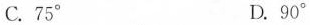
C.75° D.90°